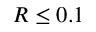
R \le 0 . 1